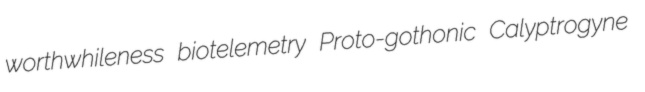
worthwhileness biotelemetry Proto-gothonic Calyptrogyne